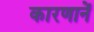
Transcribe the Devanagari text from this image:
कारणानें